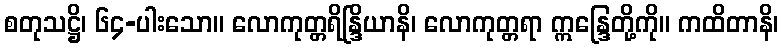
စတုသဋ္ဌိ၊ ၆၄-ပါးသော။ လောကုတ္တရိန္ဒြိယာနိ၊ လောကုတ္တရာ ဣန္ဒြေတို့ကို။ ကထိတာနိ၊